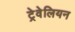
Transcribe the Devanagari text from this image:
ट्रेवेलियन